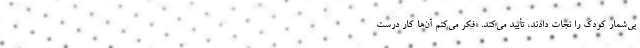
بی‌شمار کودک را نجات دادند، تأیید می‌کند. «فکر می‌کنم آن‌ها کار درست